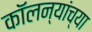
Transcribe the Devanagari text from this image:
कॉलन्यांच्या